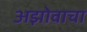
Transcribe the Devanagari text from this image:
अझोवाचा